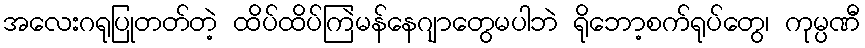
အလေးဂရုပြုတတ်တဲ့ ထိပ်ထိပ်ကြဲမန်နေဂျာတွေမပါဘဲ ရိုဘော့စက်ရုပ်တွေ၊ ကုမ္ပဏီ